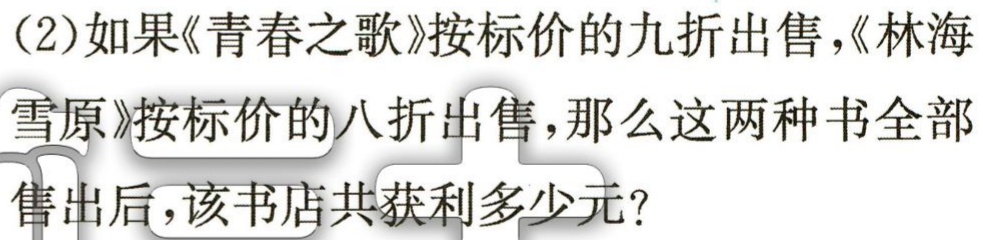
(2)如果《青春之歌》按标价的九折出售，《林海

雪原》按标价的八折出售，那么这两种书全部

售出后，该书店共获利多少元?